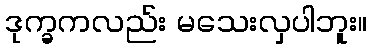
ဒုက္ခကလည်း မသေးလှပါဘူး။